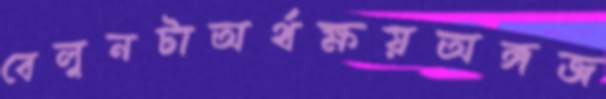
বেলুনটাঅর্থক্ষয়অঙ্গজ